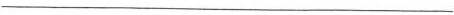
___